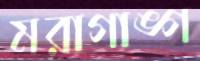
মরাগাঙ্গ